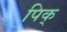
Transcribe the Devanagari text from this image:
पिक्